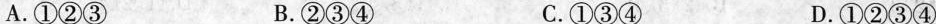
A.①②③ B.②③④ C.①③④ D.①②③④